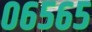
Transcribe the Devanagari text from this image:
०६५६५